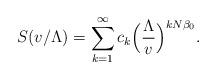
LaTeX: \begin{align*}S(v/\Lambda)=\sum_{k=1}^{\infty}c_{k}\Bigl({\Lambda\over v}\Bigr)^{kN\beta_{0}}.\end{align*}